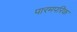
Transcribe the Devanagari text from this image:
पारमपरिक